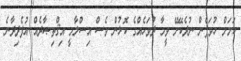
ކަމަށް ހުވަފެން ނުދެކޭށޭ ވީމާ ދުވަހެއްގެ ކޮޅުން ވެސް އިސްލާމީ އިޤްތިޞާދެއް އުފެދިދާނެ